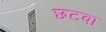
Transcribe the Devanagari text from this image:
छटवा